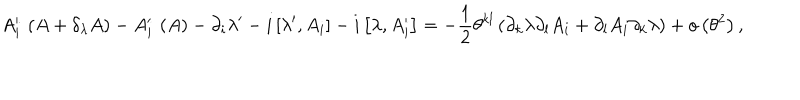
LaTeX: A _ { i } ^ { \prime } \, \left( A + \delta _ { \lambda } A \right) - A _ { i } ^ { \prime } \, \left( A \right) - \partial _ { i } \lambda ^ { \prime } - i \left[ \lambda ^ { \prime } , A _ { i } \right] - i \left[ \lambda , A _ { i } ^ { \prime } \right] = - \frac { 1 } { 2 } \theta ^ { k l } \left( \partial _ { k } \lambda \partial _ { l } A _ { i } + \partial _ { l } A _ { i } \partial _ { k } \lambda \right) + o \left( \theta ^ { 2 } \right) ,